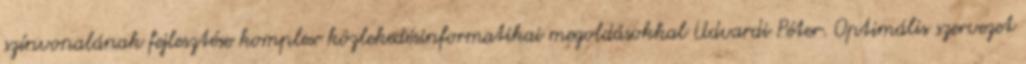
színvonalának fejlesztése komplex közlekedésinformatikai megoldásokkal Udvardi Péter. Optimális szervezet